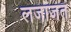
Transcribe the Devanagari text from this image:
लजाजत